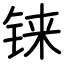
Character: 铼